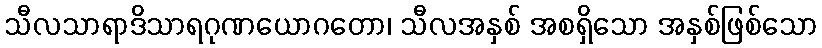
သီလသာရာဒိသာရဂုဏယောဂတော၊ သီလအနှစ် အစရှိသော အနှစ်ဖြစ်သော